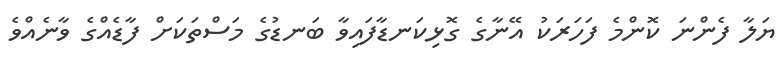
ޔަލާ ފެންނަ ކޮންމެ ފަހަރަކު އޭނާގެ ގޮޅިކަނޑާފައިވާ ބަނޑުގެ މަސްތަކަށް ފާޑެއްގެ ވާނެއްވެ